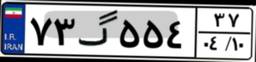
۸۹گ۹۳۵۲۳